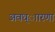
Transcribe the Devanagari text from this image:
अवध्ाारणा